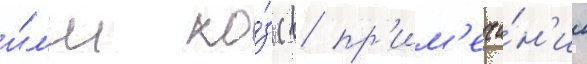
и́л'и ко́з (в пр'им'еча́н'ии